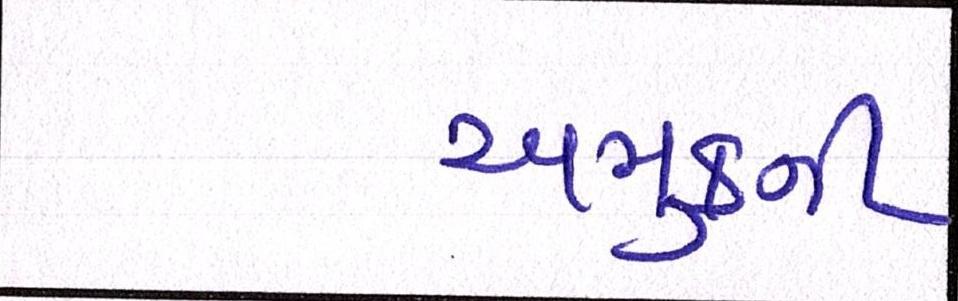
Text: અમુકની